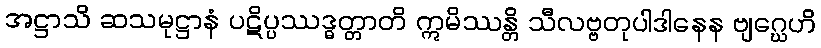
အဋ္ဌာသိ ဆသမုဋ္ဌာနံ ပဋိပ္ပဿဒ္ဓတ္တာတိ ဣမိဿန္တိ သီလဗ္ဗတုပါဒါနေန ဗျဂ္ဃေဟိ